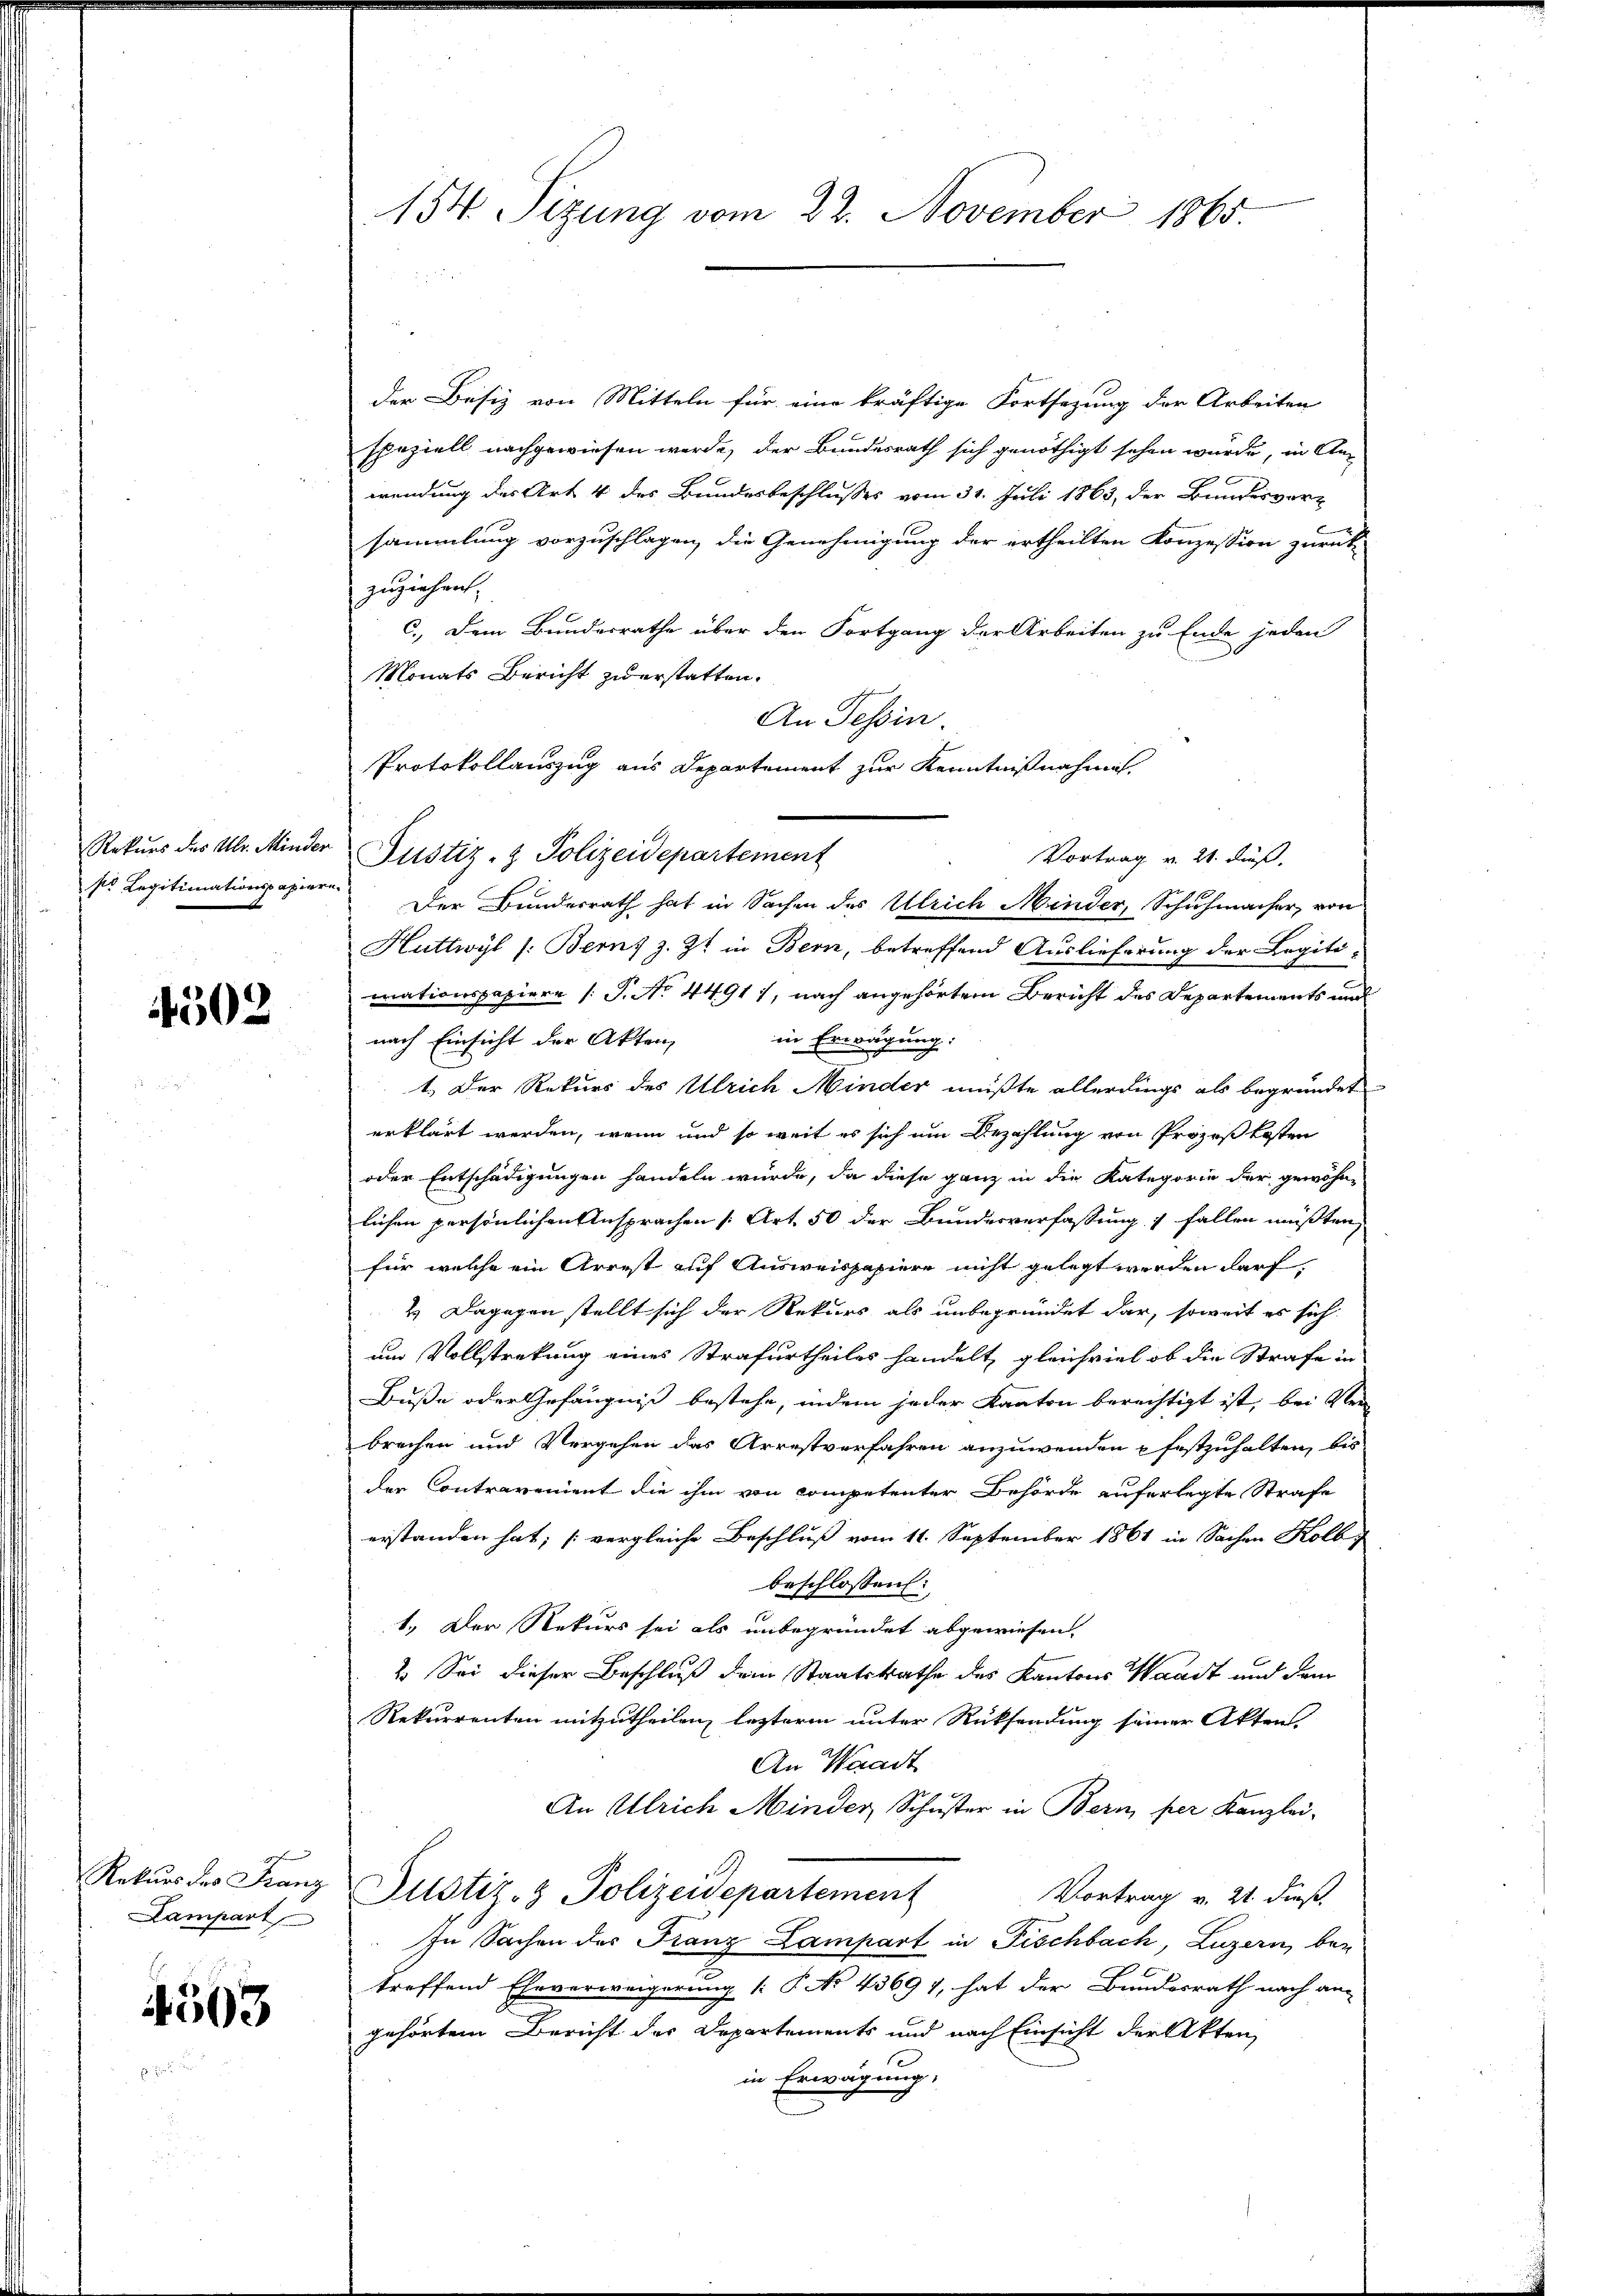
so Legitimationspapiere

502

Lampart

4503

154. Sizung vom 22. November 1865.

der Besiz von Mitteln für eine kräftige Fortsetzung der Arbeiten
speziell nachgewiesen werde, der Bundesrath sich genöthigt sehen wurde, in Anwendung des Art 4 des Bundesbeschlusses vom 31. Juli 1863, der Bundesvor¬
6
sammlung vorzuschlagen die Genehmigung der ertheilten Konzession zurück-
zuziehen,
c.) Dem Bundesrathe über den Fortgang der Arbeiten zu Ende jeden
Monats Bericht zu erstatten.
An Tessin
Protokollauszug aus Departement zur Kenntnißnahmen,
Vortrag v. 21. dieß.
Der Bundesrath hat in Sachen des Ulrich Minder, Schuhmacher, von
Huttwyl /: Berns z. Zt in Bern, betreffend Auslieferung der Legiti-
mationspapiere (T. No 44911, nach angehörtem Bericht des Departements und
in Erwägung:
nach Einsicht der Akten,
1. Der Rekurs des Ulrich Minder müßte allerdings als begründet
erklärt werden, wenn und so weit es sich um Bezahlung von Prozeßkosten
oder Entschädigungen handeln würde, da diese ganz in die Kategorie der gewöhn-
lichen persönlichen Ansprachen [Art. 50 der Bundesverfassung fallen müßten,
für welche ein Arrest auf Ausweispapiere nicht gelegt werden darf
2. Dagegen stellt sich der Rekurs als unbegründet dar, soweit es sich
um Vollstrekung eines Strafurtheiles handelt, gleichviel ob die Strafe in
Buße oder Gefängniß bestehe, indem jeder Kanton berechtigt ist, bei Klein
brechen und Vergehen das Arrestverfahren anzuwenden p festzuhalten, bis
der Contrarement die ihm von competenter Behörde auferlegte Strafe
erstanden hat; (vergleiche Beschluß vom 11. September 1861 in Sachen Kolb,
beschlossen:
1. Der Rekurs sei als unbegründet abgewiesen.
2. Sei dieser Beschluß dem Staatsrathe des Kantons Waadt und dem
Rekurrenten mitzutheilen, lezterm unter Rücksendung seiner Aktens
An Waadt
An Ulrich Minder Schuster in Bern per Kanzlei-
Rekŭrs des Franz Justiz- & Polizeidepartement
Vortrag v. 21. dieß.
In Sachen des Franz Lampart in Fischbach, Luzern, betreffend Eheverweigerung (: P. No 43694, hat der Bundesrath nach an-
gehörtem Bericht des Departements und nach Einsicht der Akten
in Erwägung,

Rekurs des Uhr. Minder Justiz- & Polizeidepartement